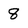
Character: 8